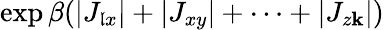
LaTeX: \exp\beta(|J_{\mathfrak{l}x}|+|J_{xy}|+\cdots+|J_{z\mathbf{k}}|)